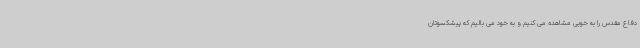
دفاع مقدس را به خوبی مشاهده می کنیم و به خود می بالیم که پیشکسوتان